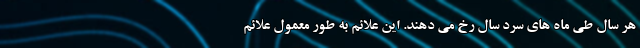
هر سال طی ماه های سرد سال رخ می دهند. این علائم به طور معمول علائم